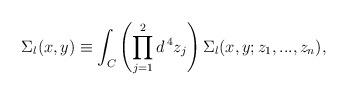
LaTeX: \begin{align*}\Sigma_l (x, y) \equiv \int_C \left( \prod_{j = 1}^2 d^{\, 4} z_j \right) \Sigma_l (x, y; z_1, ..., z_n) ,\end{align*}